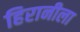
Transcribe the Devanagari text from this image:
हिरानीला